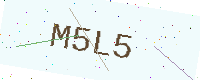
Text: M5L5